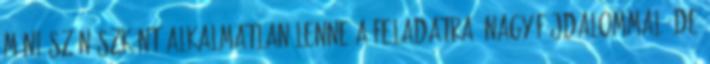
Móni színészként alkalmatlan lenne a feladatra, nagy fájdalommal, de